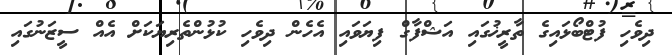
ދިވެހި ފުޓްބޯޅައިގެ ތާރީޚުގައި އަޝްފާގް ފިޔަވައި އެހެން ދިވެހި ކުޅުންތެރިޔަކަށް އެއް ސީޒަނުގައި